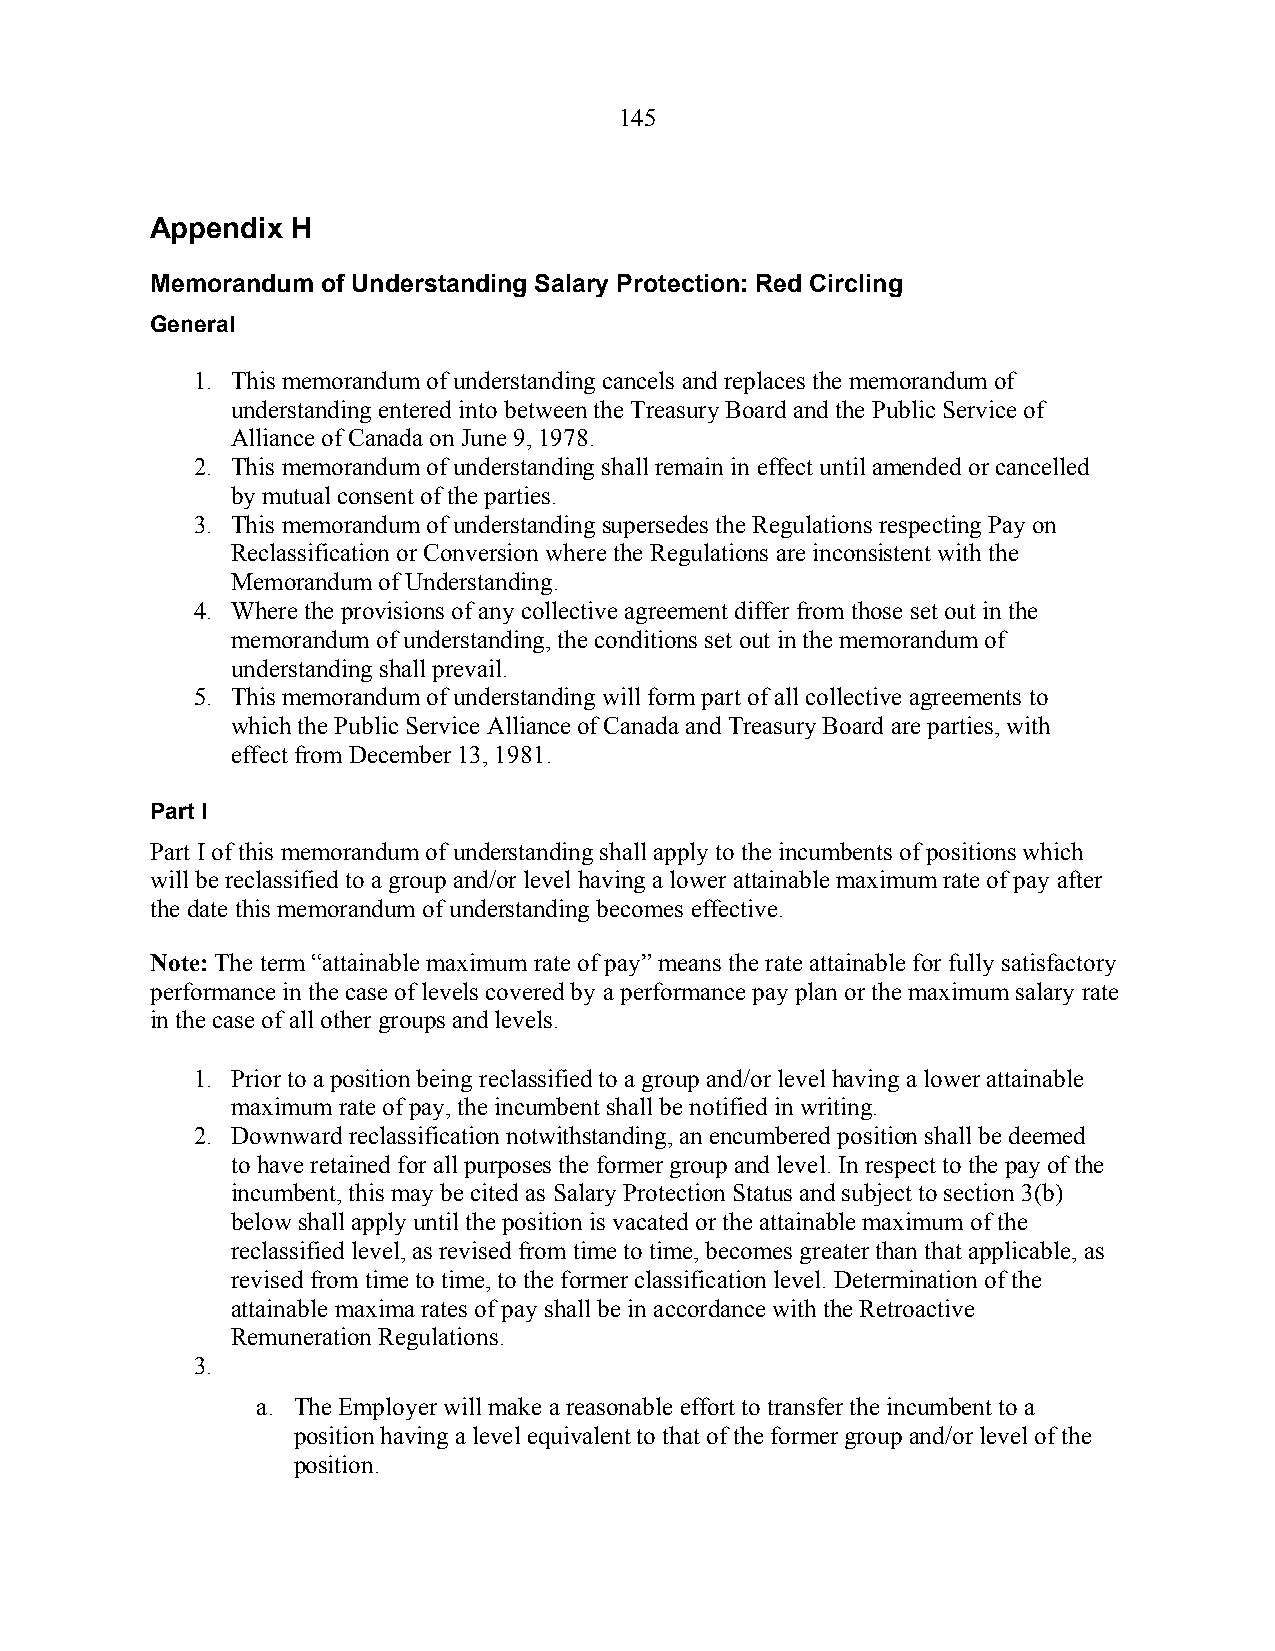
145
 Appendix H
 Memorandum of Understanding Salary Protection: Red Circling
 General
 1. This memorandum of understanding cancels and replaces the memorandum of
 understanding entered into between the Treasury Board and the Public Service of
 Alliance of Canada on June 9, 1978.
 2. This memorandum of understanding shall remain in effect until amended or cancelled
 by mutual consent of the parties.
 3. This memorandum of understanding supersedes the Regulations respecting Pay on
 Reclassification or Conversion where the Regulations are inconsistent with the
 Memorandum of Understanding.
 4. Where the provisions of any collective agreement differ from those set out in the
 memorandum of understanding, the conditions set out in the memorandum of
 understanding shall prevail.
 5. This memorandum of understanding will form part of all collective agreements to
 which the Public Service Alliance of Canada and Treasury Board are parties, with
 effect from December 13, 1981.
 Part I
 Part I of this memorandum of understanding shall apply to the incumbents of positions which
 will be reclassified to a group and/or level having a lower attainable maximum rate of pay after
 the date this memorandum of understanding becomes effective.
 Note: The term “attainable maximum rate of pay” means the rate attainable for fully satisfactory
 performance in the case of levels covered by a performance pay plan or the maximum salary rate
 in the case of all other groups and levels.
 1. Prior to a position being reclassified to a group and/or level having a lower attainable
 maximum rate of pay, the incumbent shall be notified in writing.
 2. Downward reclassification notwithstanding, an encumbered position shall be deemed
 to have retained for all purposes the former group and level. In respect to the pay of the
 incumbent, this may be cited as Salary Protection Status and subject to section 3(b)
 below shall apply until the position is vacated or the attainable maximum of the
 reclassified level, as revised from time to time, becomes greater than that applicable, as
 revised from time to time, to the former classification level. Determination of the
 attainable maxima rates of pay shall be in accordance with the Retroactive
 Remuneration Regulations.
 3.
 a. The Employer will make a reasonable effort to transfer the incumbent to a
 position having a level equivalent to that of the former group and/or level of the
 position.